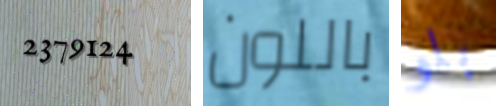
2379124 باللون بلو